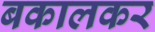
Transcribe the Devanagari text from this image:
बकालकर